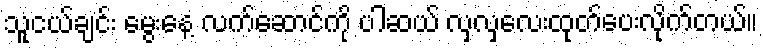
သူငယ်ချင်း မွေးနေ့ လက်ဆောင်ကို ပါဆယ် လှလှလေးထုတ်ပေးလိုက်တယ်။